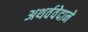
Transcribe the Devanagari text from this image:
अथर्ववेदाने